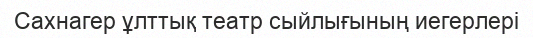
Сахнагер ұлттық театр сыйлығының иегерлері